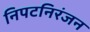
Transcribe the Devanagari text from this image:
निपटनिरंजन